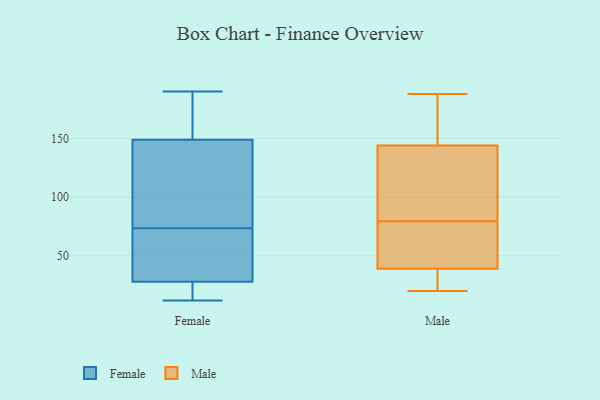
{"axis": {"x": "Waste Production (Tons)", "y": "Value"}, "legend": ["Female", "Male"], "data": [{"x": "", "y": 76, "type": "Female"}, {"x": "", "y": 149, "type": "Female"}, {"x": "", "y": 190, "type": "Female"}, {"x": "", "y": 12, "type": "Female"}, {"x": "", "y": 14, "type": "Female"}, {"x": "", "y": 53, "type": "Female"}, {"x": "", "y": 41, "type": "Female"}, {"x": "", "y": 169, "type": "Female"}, {"x": "", "y": 168, "type": "Female"}, {"x": "", "y": 132, "type": "Female"}, {"x": "", "y": 189, "type": "Female"}, {"x": "", "y": 32, "type": "Female"}, {"x": "", "y": 25, "type": "Female"}, {"x": "", "y": 114, "type": "Female"}, {"x": "", "y": 28, "type": "Female"}, {"x": "", "y": 24, "type": "Female"}, {"x": "", "y": 112, "type": "Female"}, {"x": "", "y": 71, "type": "Female"}, {"x": "", "y": 107, "type": "Male"}, {"x": "", "y": 39, "type": "Male"}, {"x": "", "y": 107, "type": "Male"}, {"x": "", "y": 144, "type": "Male"}, {"x": "", "y": 38, "type": "Male"}, {"x": "", "y": 52, "type": "Male"}, {"x": "", "y": 20, "type": "Male"}, {"x": "", "y": 186, "type": "Male"}, {"x": "", "y": 45, "type": "Male"}, {"x": "", "y": 188, "type": "Male"}]}